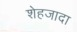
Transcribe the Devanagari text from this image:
शेहजादा